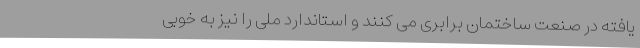
یافته در صنعت ساختمان برابری می کنند و استاندارد ملی را نیز به خوبی